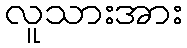
လူသားအား